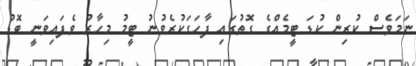
ނަމަވެސް ކުރިން ކުޑަ ޓީމެއްގެ ގޮތުގައި ފާހަގަކުރެވުނު ޓީމު މިހާރު ވެފައިވަނީ ބޮޑު